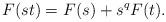
LaTeX: \begin{align*} F(st) = F(s) + s^q F(t) .\end{align*}